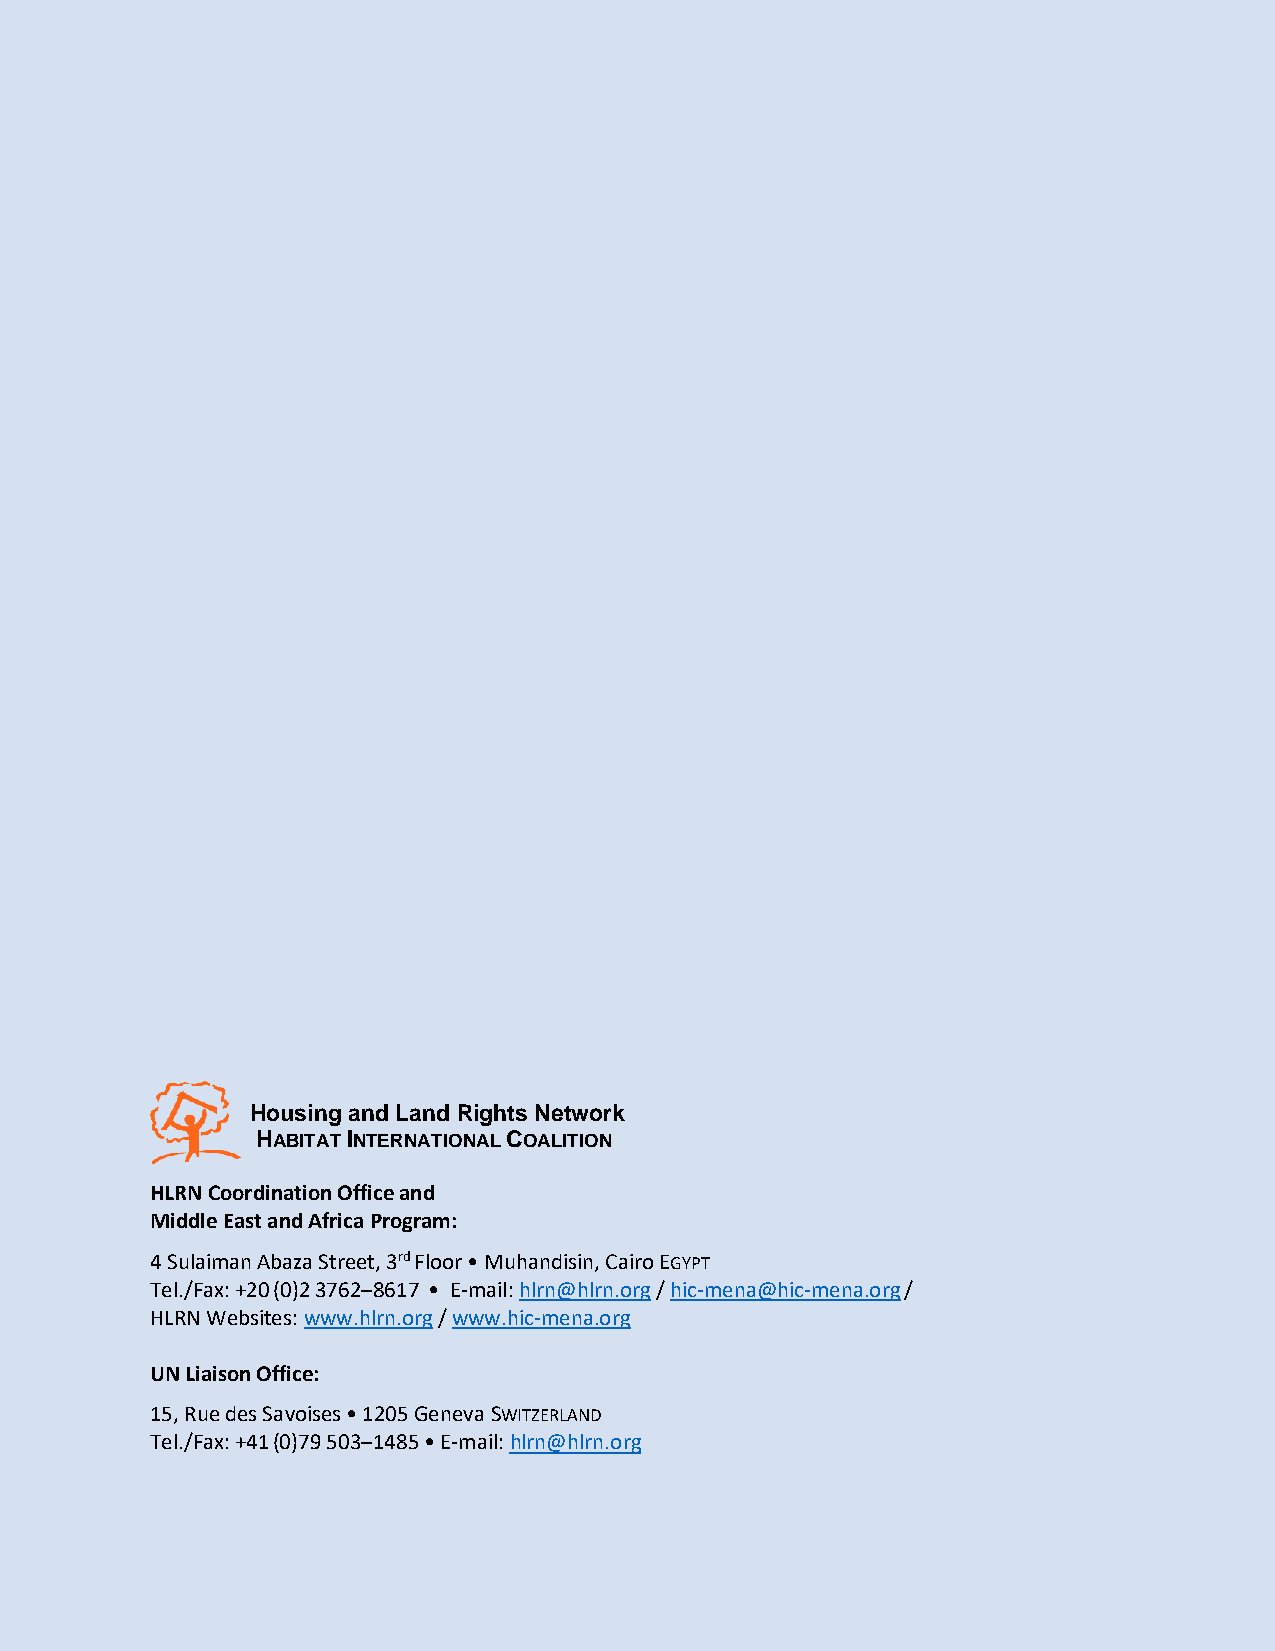
Housing and Land Rights Network
 HABITAT INTERNATIONAL COALITION
 HLRN Coordination Office and
 Middle East and Africa Program:
 4 Sulaiman Abaza Street, 3rd Floor • Muhandisin, Cairo EGYPT
 Tel./Fax: +20 (0)2 3762–8617 • E-mail: hlrn@hlrn.org / hic-mena@hic-mena.org /
 HLRN Websites: www.hlrn.org / www.hic-mena.org
 UN Liaison Office:
 15, Rue des Savoises • 1205 Geneva SWITZERLAND
 Tel./Fax: +41 (0)79 503–1485 • E-mail: hlrn@hlrn.org